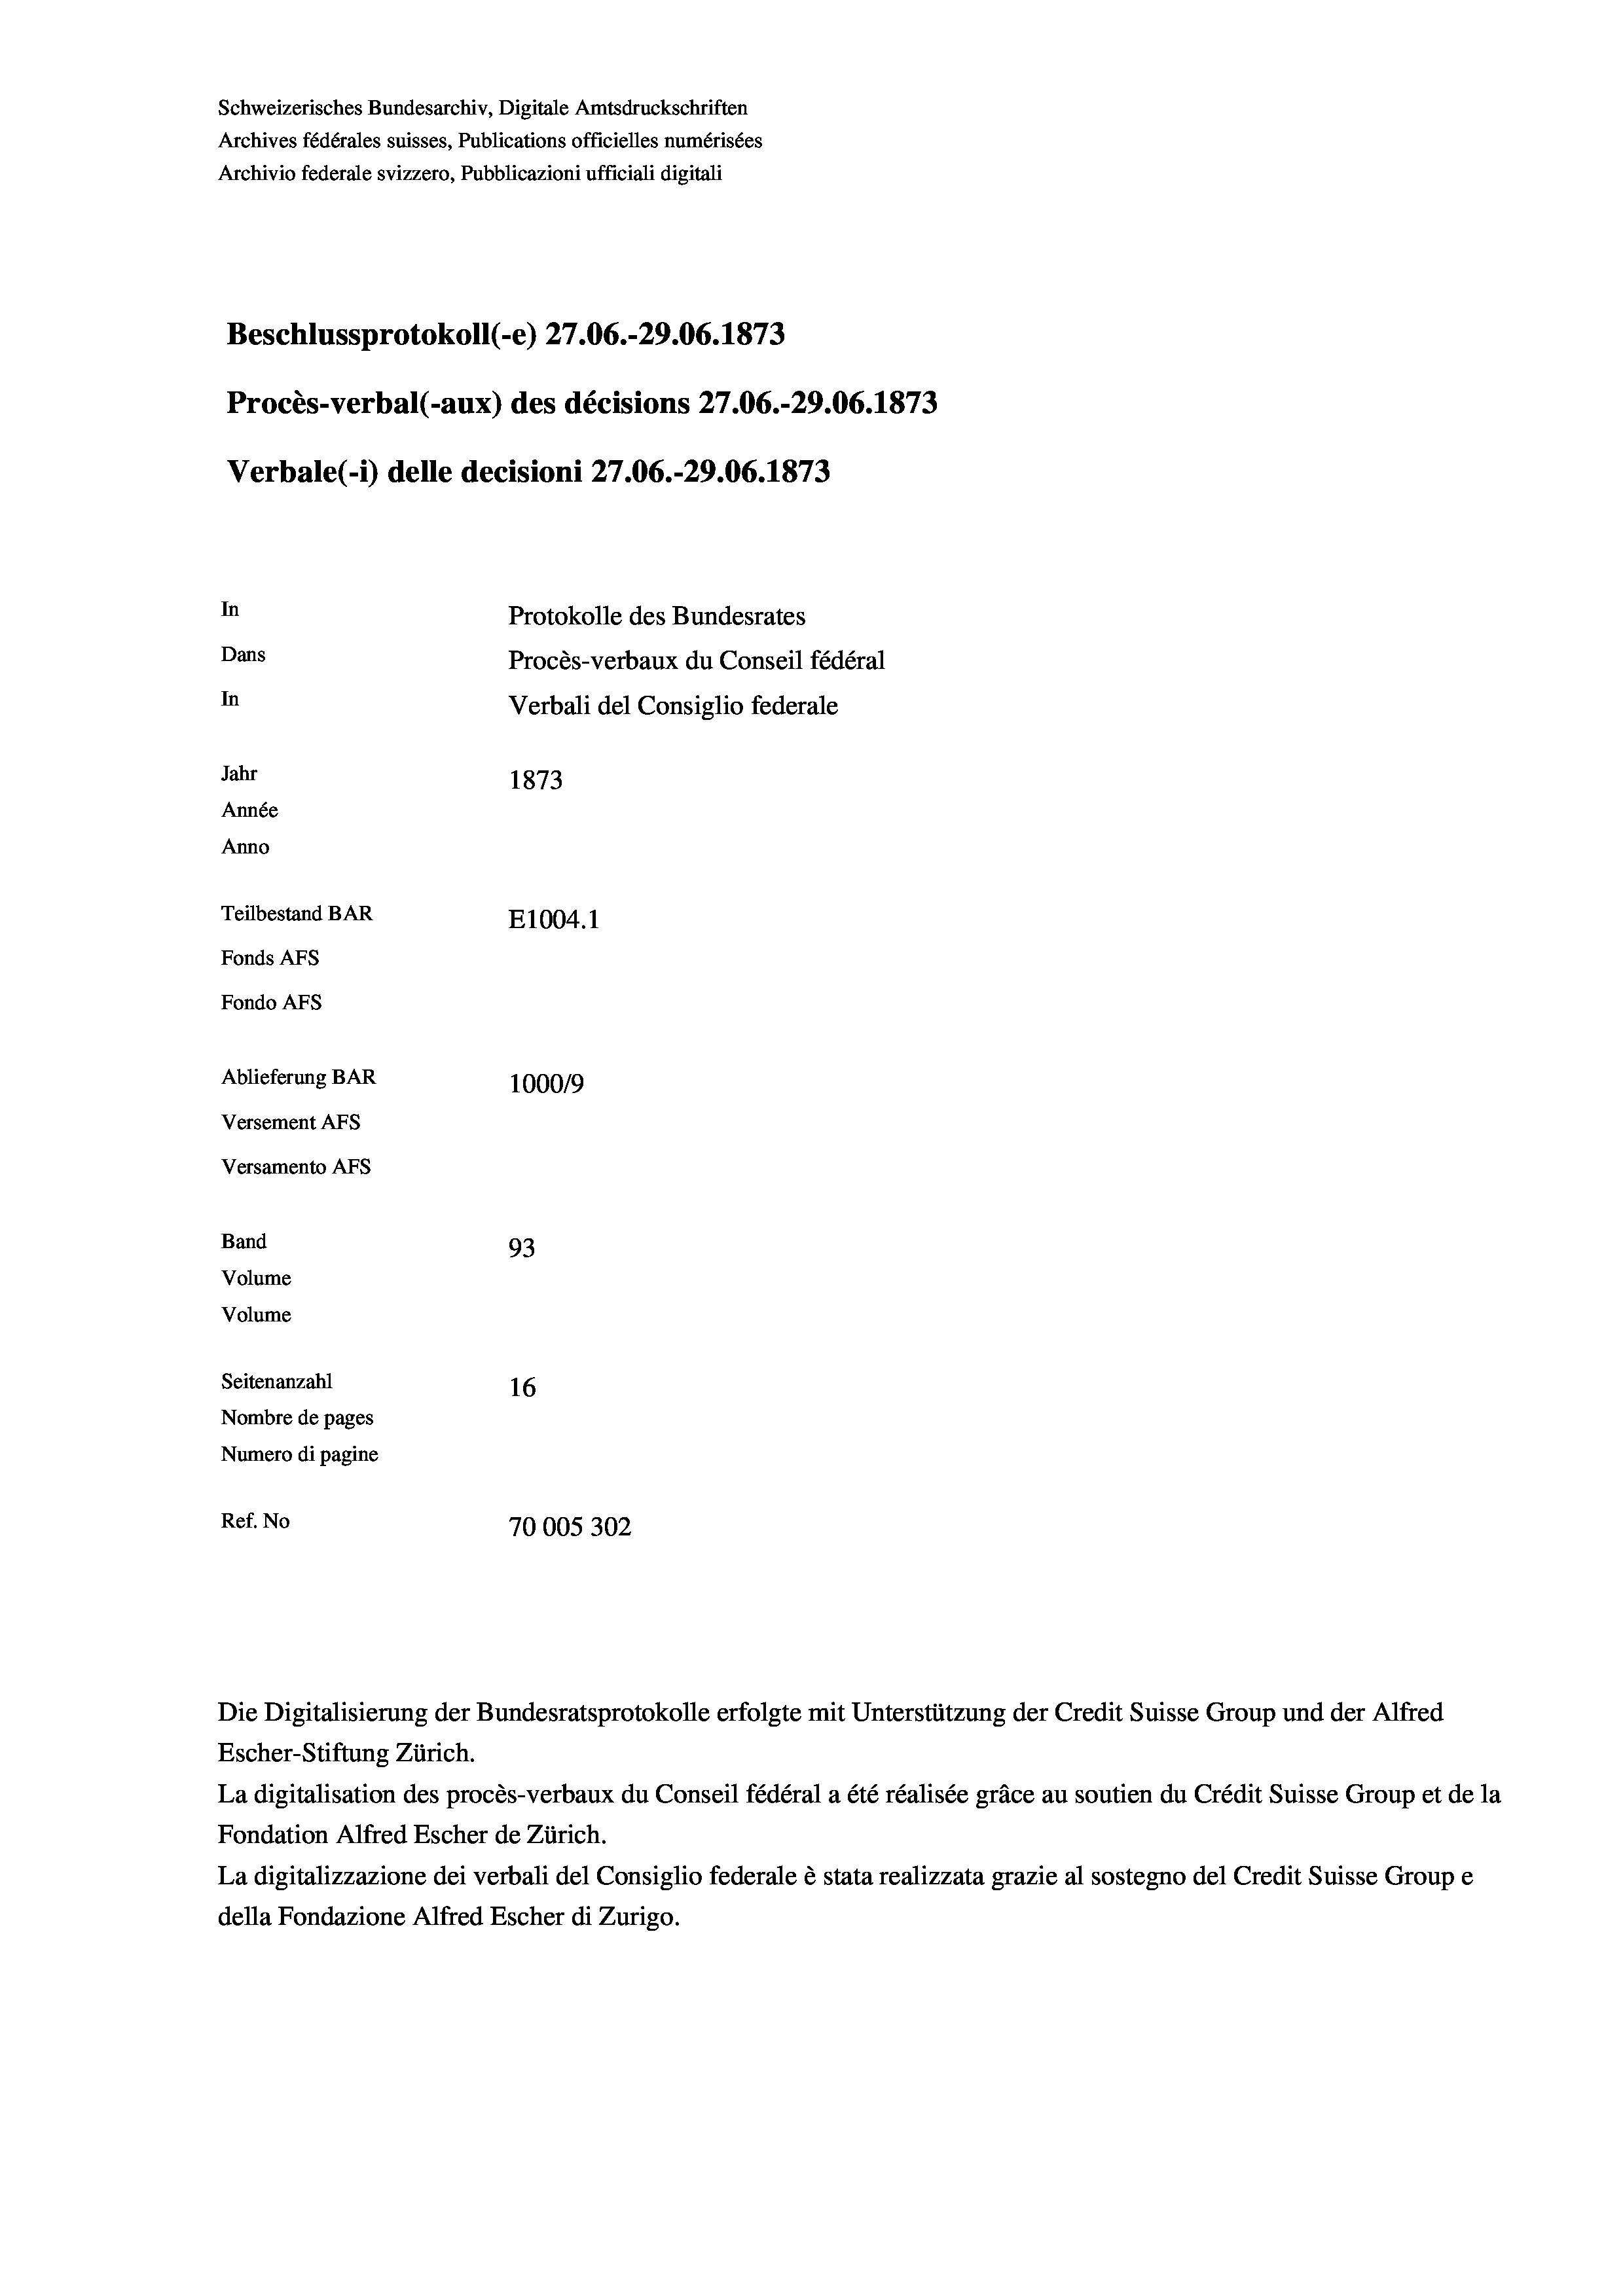
Schweizerisches Bundesarchiv, Digitale Amtsdruckschriften
Archives fédérales suisses, Publications officielles numérisées
Archivio federale svizzero, Pubblicazioni ufficiali digitali
Beschlussprotokoll (-e) 27.06.-29.06. 1873
Procès-verbal (-aux) des décisions 27.06.-29.06. 1873
Verbale (- 1) delle decisioni 27.06.-29.06. 1873
In
Protokolle des Bundesrates
Dans
Procès-verbaux du Conseil fédéral
In
Verbali del Consiglio federale
Jahr
1873
Année
Anno
Teilbestand BAR
E1004. 1
Fonds AFs
Fondo Afs
Ablieferung BAR
100019
Versement Ans
Versamento Afs
Band
93
Volume
Volume
Seitenanzahl
16
Nombre de pages
Numero di pagine
Ref. No
70005302

Escher-Stiftung Zürich.
La digitalisation des procès-verbaux du Conseil fédéral a été réalisée gräce au soutien du Crédit Suisse Group et de la
Fondation Alfred Escher de Zürich.
La digitalizzazione dei verbali del Consiglio federale è stata realizzata grazie al sostegno del Credit Suisse Groupe
della Fondazione Alfred Escher di Zurigo.

Die Digitalisierung der Bundesratsprotokolle erfolgte mit Unterstützung der Credit Suisse Group und der Alfred